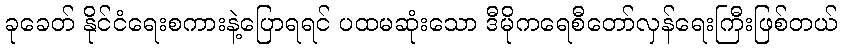
ခုခေတ် နိုင်ငံရေးစကားနဲ့ပြောရရင် ပထမဆုံးသော ဒီမိုကရေစီတော်လှန်ရေးကြီးဖြစ်တယ်